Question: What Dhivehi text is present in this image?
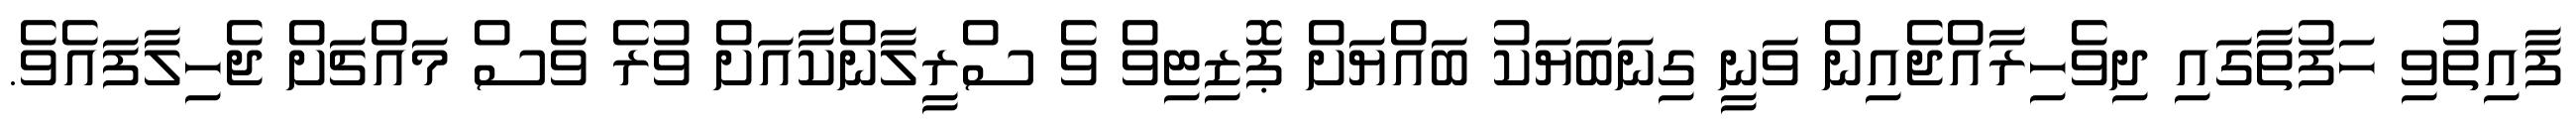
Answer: ފާއިތުވި ހަފުތާގައި ދިވެހިރާއްޖެއިން ވަނީ ގިނަބަޔަކު ބައްޔަށް ޕޮޒިޓިވް ވެ ސްރީލާންކާއަށް ވުރެ ވެސް މައްޗަށް ޖެހިލާފައެވެ.